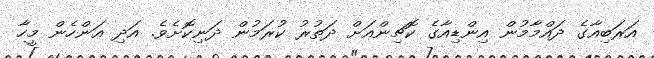
އަރަބިއާގެ ދައްމާމުން އިންޑިއާގެ ކޮޗިންއަށް ދަތުރު ކުރަމުން ދަނިކޮށެވެ. އަދި އަންހެން މީހާ